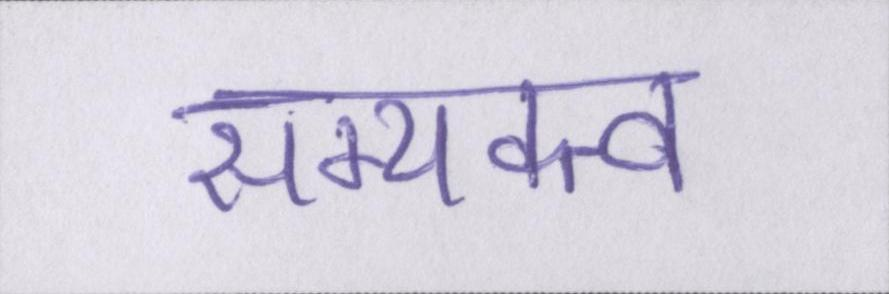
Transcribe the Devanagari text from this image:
सम्यक्त्व